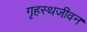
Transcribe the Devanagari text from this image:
गृहस्थजीवन